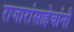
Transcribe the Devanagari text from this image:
राजारांसाहेबांनी